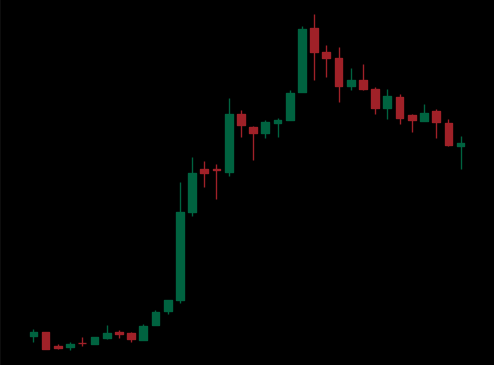
Pattern: bear_flag